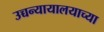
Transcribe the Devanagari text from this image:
उच्चन्यायालयाच्या